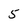
Character: 5